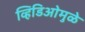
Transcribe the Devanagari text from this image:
व्हिडिओमुळे